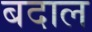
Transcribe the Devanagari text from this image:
बदाल